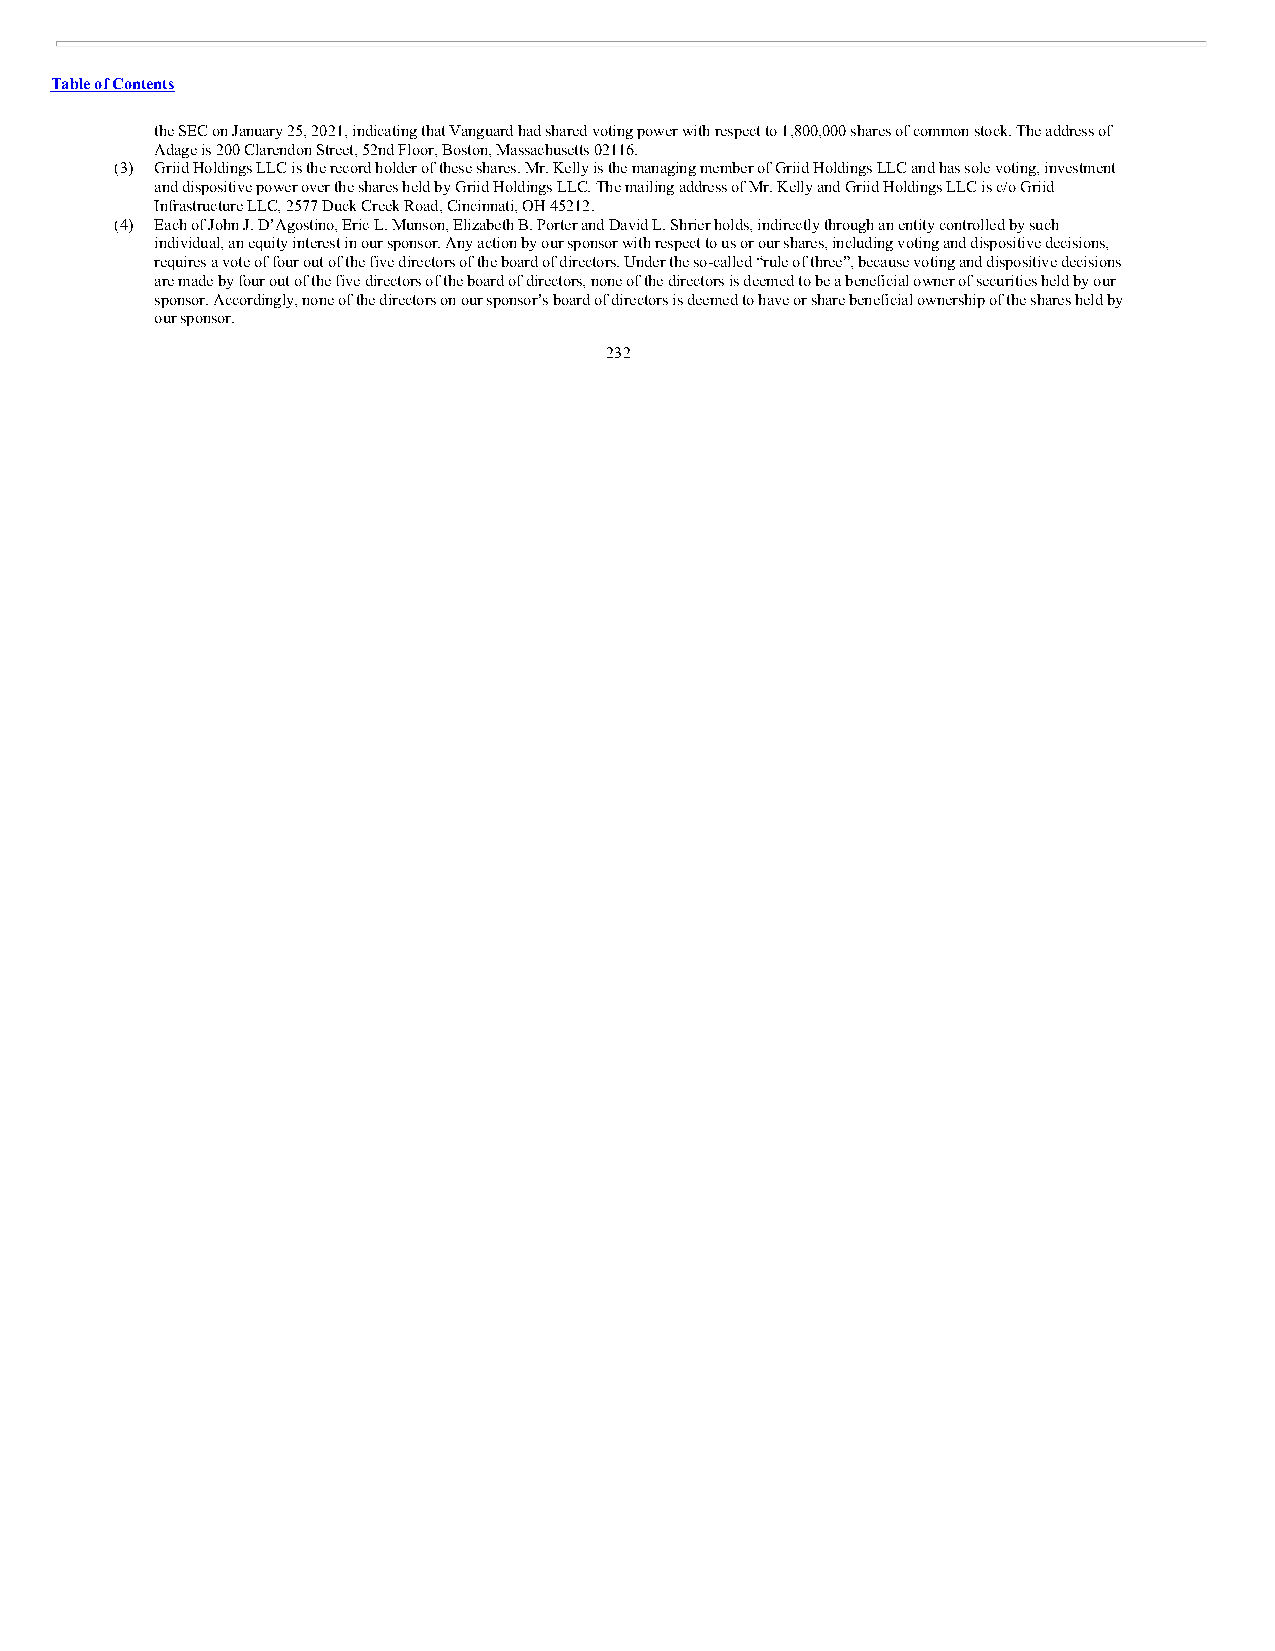
Table of Contents
 the SEC on January 25, 2021, indicating that Vanguard had shared voting power with respect to 1,800,000 shares of common stock. The address of
 Adage is 200 Clarendon Street, 52nd Floor, Boston, Massachusetts 02116.
 (3) Griid Holdings LLC is the record holder of these shares. Mr. Kelly is the managing member of Griid Holdings LLC and has sole voting, investment
 and dispositive power over the shares held by Griid Holdings LLC. The mailing address of Mr. Kelly and Griid Holdings LLC is c/o Griid
 Infrastructure LLC, 2577 Duck Creek Road, Cincinnati, OH 45212.
 (4) Each of John J. D’Agostino, Eric L. Munson, Elizabeth B. Porter and David L. Shrier holds, indirectly through an entity controlled by such
 individual, an equity interest in our sponsor. Any action by our sponsor with respect to us or our shares, including voting and dispositive decisions,
 requires a vote of four out of the five directors of the board of directors. Under the so-called “rule of three”, because voting and dispositive decisions
 are made by four out of the five directors of the board of directors, none of the directors is deemed to be a beneficial owner of securities held by our
 sponsor. Accordingly, none of the directors on our sponsor’s board of directors is deemed to have or share beneficial ownership of the shares held by
 our sponsor.
 232